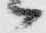
々